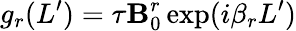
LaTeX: g_{r}(L^{\prime})=\tau\mathbf{B}_{0}^{r}\exp(i\beta_{r}L^{\prime})